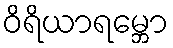
ဝိရိယာရမ္ဘော